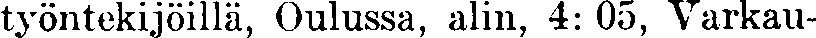
työntekijöillä, Oulussa, alin, 4:05, Varkau-